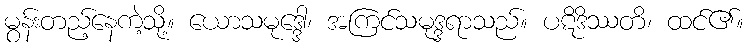
မွန်းတည့်နေကဲ့သို့။ ယောသမုဒ္ဒေါ၊ အကြင်သမုဒ္ဒရာသည်။ ပဋိဒိဿတိ၊ ထင်၏။